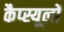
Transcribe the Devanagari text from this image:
कैप्स्यूलों